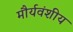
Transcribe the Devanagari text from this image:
मौर्यवंशीय